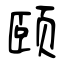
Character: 颐